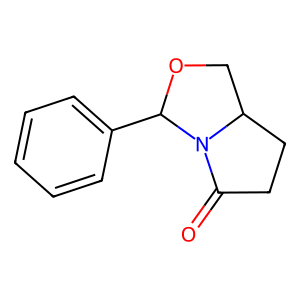
SMILES: O=C1CCC2COC(c3ccccc3)N12
Inhibits HIV replication: No